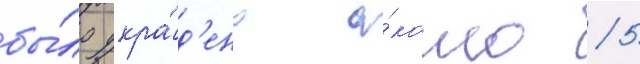
бы́ло укра́д'ено о́коло 5